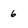
Character: 6